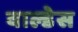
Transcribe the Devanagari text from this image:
वाल्डेस